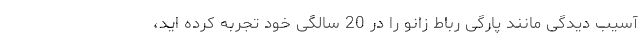
آسیب دیدگی مانند پارگی رباط زانو را در 20 سالگی خود تجربه کرده اید،